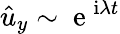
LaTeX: \hat{u}_{y}\sim\mathrm{~e~}^{\mathrm{i}\lambda t}